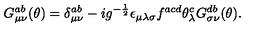
G _ { \mu \nu } ^ { a b } ( \theta ) = \delta _ { \mu \nu } ^ { a b } - i g ^ { - \frac { 1 } { 2 } } \epsilon _ { \mu \lambda \sigma } f ^ { a c d } \theta _ { \lambda } ^ { c } G _ { \sigma \nu } ^ { d b } ( \theta ) .